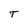
Character: T